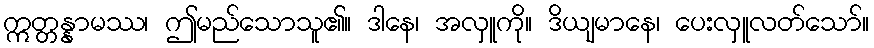
ဣတ္တန္နာမဿ၊ ဤမည်သောသူ၏။ ဒါနေ၊ အလှူကို။ ဒိယျမာနေ၊ ပေးလှူလတ်သော်။